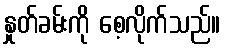
နှုတ်ခမ်းကို စေ့လိုက်သည်။